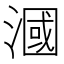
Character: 漍